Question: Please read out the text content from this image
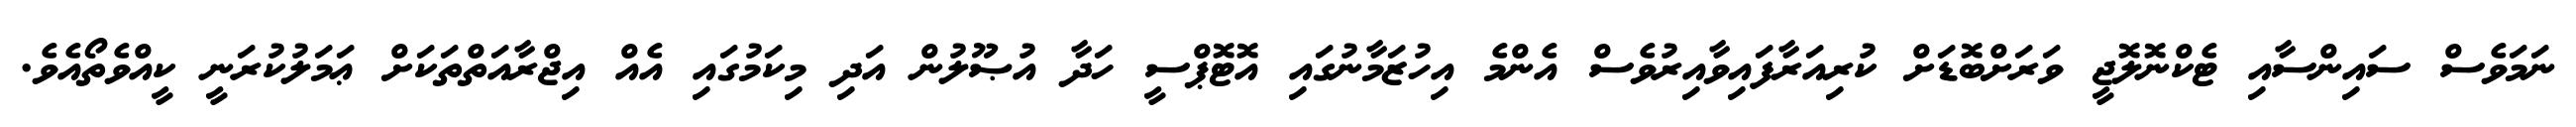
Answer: ނަމަވެސް ސައިންސާއި ޓެކްނޮލޮޖީ ވަރަށްބޮޑަށް ކުރިއަރާފައިވާއިރުވެސް އެންމެ އިހުޒަމާނުގައި އޮޓޮޕްސީ ހަދާ އުޞޫލުން އަދި މިކަމުގައި އެއް އިޖްރާއަތްތަކަށް ޢަމަލުކުރަނީ ކީއްވެތޯއެވެ.